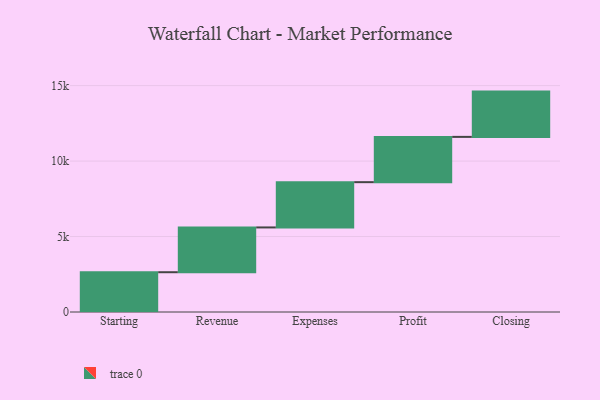
{"axis": {"x": "Step", "y": "Value"}, "legend": [""], "data": [{"x": "Starting", "y": 2636.0, "type": ""}, {"x": "Revenue", "y": 2967.0, "type": ""}, {"x": "Expenses", "y": 3000, "type": ""}, {"x": "Profit", "y": 3000, "type": ""}, {"x": "Closing", "y": 3000, "type": ""}]}